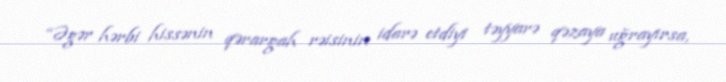
“Əgər hərbi hissənin qərargah rəisinin idarə etdiyi təyyarə qəzaya uğrayırsa,